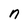
Character: n